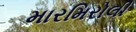
મારમિરોલી